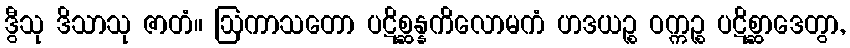
ဒွီသု ဒိသာသု ဇာတံ။ ဩကာသတော ပဋိစ္ဆန္နကိလောမကံ ဟဒယဉ္စ ဝက္ကဉ္စ ပဋိစ္ဆာဒေတွာ,